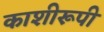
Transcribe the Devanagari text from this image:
काशीरूपी